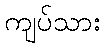
ကျပ်သား